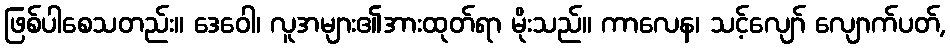
ဖြစ်ပါစေသတည်း။ ဒေဝေါ၊ လူအများ၏အားထုတ်ရာ မိုးသည်။ ကာလေန၊ သင့်လျော် လျောက်ပတ်,